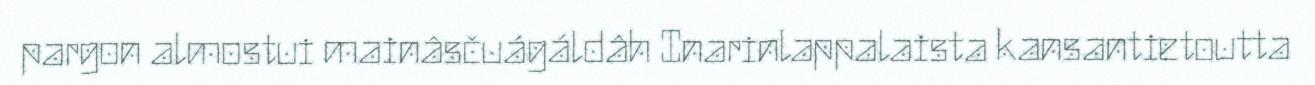
pargon almostui mainâsčuágáldâh Inarinlappalaista kansantietoutta